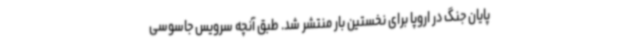
پایان جنگ در اروپا برای نخستین بار منتشر شد. طبق آنچه سرویس جاسوسی